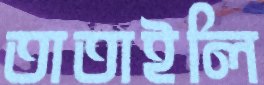
তাতাইলি